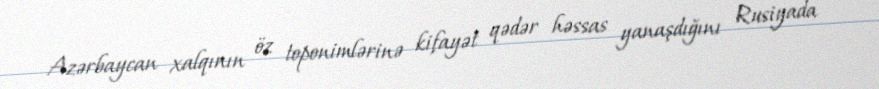
Azərbaycan xalqının öz toponimlərinə kifayət qədər həssas yanaşdığını Rusiyada